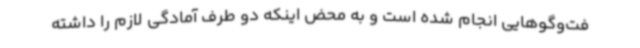
فت‌وگوهایی انجام شده است و به محض اینکه دو طرف آمادگی لازم را داشته